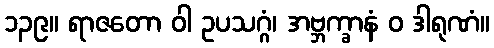
၁၃၉။ ရာဇတော ဝါ ဥပသဂ္ဂံ၊ အဗ္ဘက္ခာနံ ဝ ဒါရုဏံ။